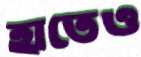
হাতেও